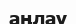
аңлау